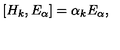
\left[ H _ { k } , E _ { \alpha } \right] = \alpha _ { k } E _ { \alpha } ,